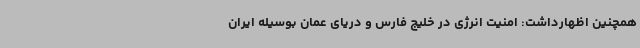
همچنین اظهارداشت: امنیت انرژی در خلیج فارس و دریای عمان بوسیله ایران